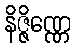
နိဇ္ဇိဏ္ဏေ